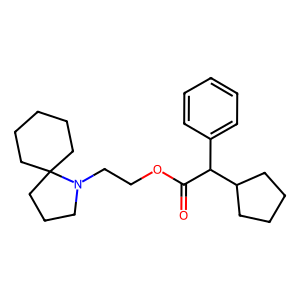
SMILES: O=C(OCCN1CCCC12CCCCC2)C(c1ccccc1)C1CCCC1
Inhibits HIV replication: No